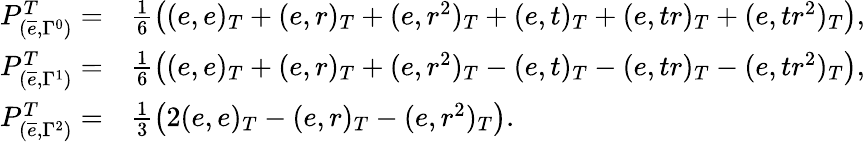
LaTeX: \begin{array}{rl}{P_{(\overline{{e}},\Gamma^{0})}^{T}=}&{\frac{1}{6}\left((e,e)_{T}+(e,r)_{T}+(e,r^{2})_{T}+(e,t)_{T}+(e,tr)_{T}+(e,tr^{2})_{T}\right),}\\ {P_{(\overline{{e}},\Gamma^{1})}^{T}=}&{\frac{1}{6}\left((e,e)_{T}+(e,r)_{T}+(e,r^{2})_{T}-(e,t)_{T}-(e,tr)_{T}-(e,tr^{2})_{T}\right),}\\ {P_{(\overline{{e}},\Gamma^{2})}^{T}=}&{\frac{1}{3}\left(2(e,e)_{T}-(e,r)_{T}-(e,r^{2})_{T}\right).}\end{array}